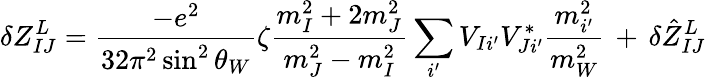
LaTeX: \delta Z_{IJ}^{L}=\frac{-e^{2}}{32\pi^{2}\sin^{2}\theta_{W}}\zeta\frac{m_{I}^{2}+2m_{J}^{2}}{m_{J}^{2}-m_{I}^{2}}\sum_{i^{\prime}}V_{Ii^{\prime}}V_{Ji^{\prime}}^{*}\frac{m_{i^{\prime}}^{2}}{m_{W}^{2}}\, +\, \delta\hat{Z}_{IJ}^{L}